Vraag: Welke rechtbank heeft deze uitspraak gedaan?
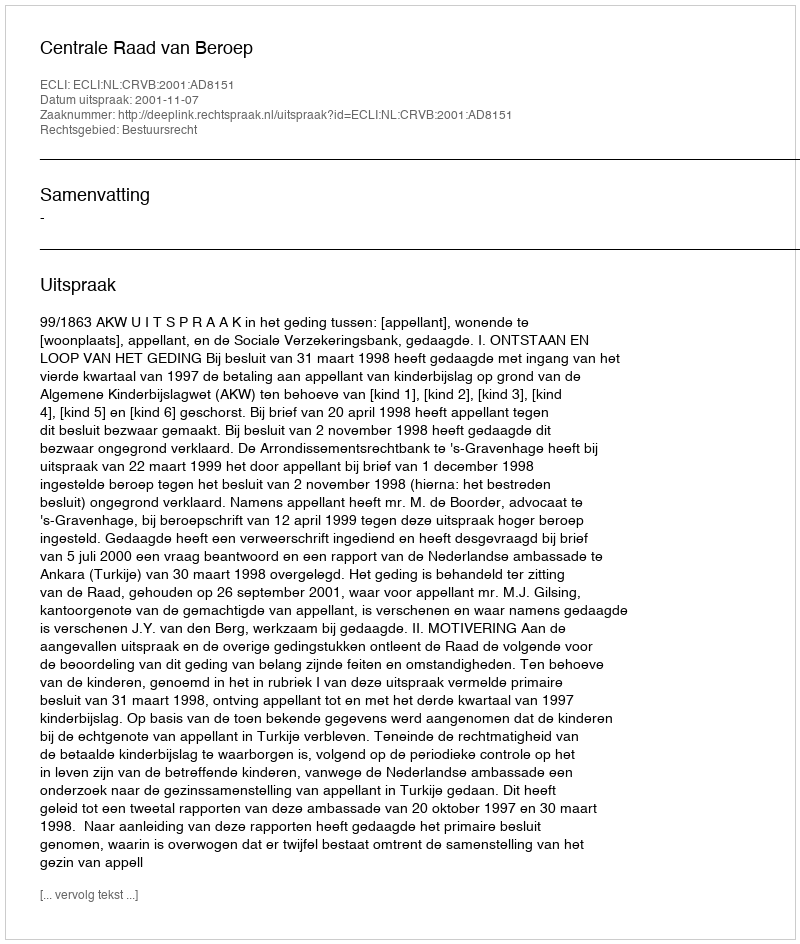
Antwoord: Centrale Raad van Beroep